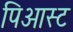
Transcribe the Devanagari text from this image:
पिआस्ट